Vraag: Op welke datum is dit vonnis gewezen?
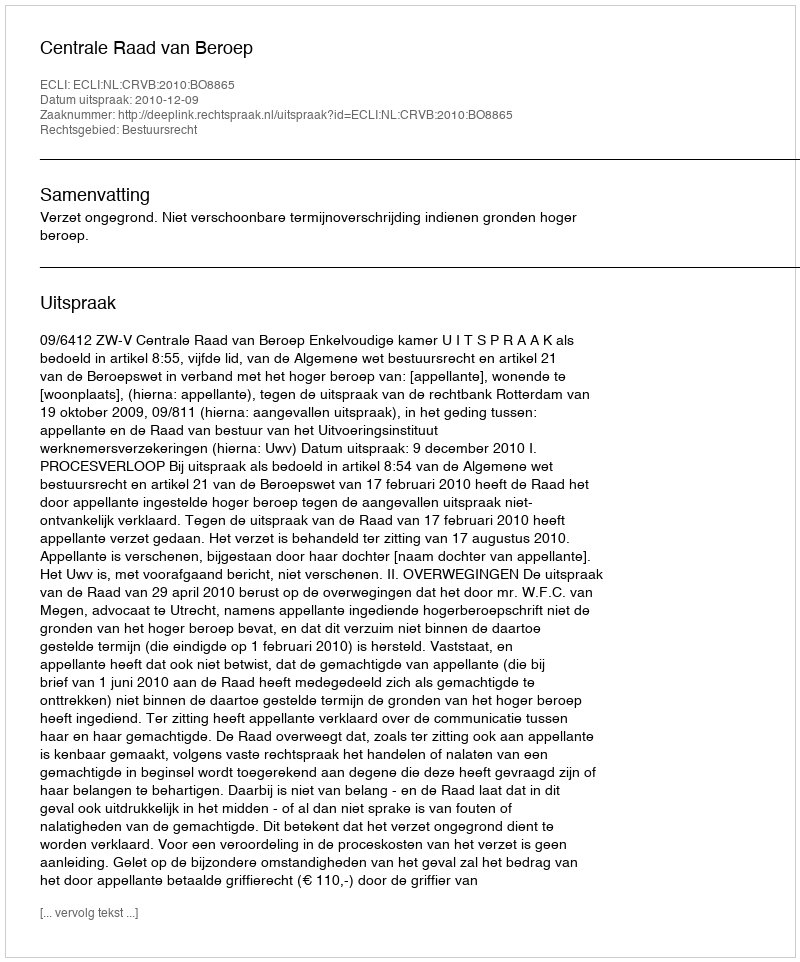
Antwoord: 2010-12-09